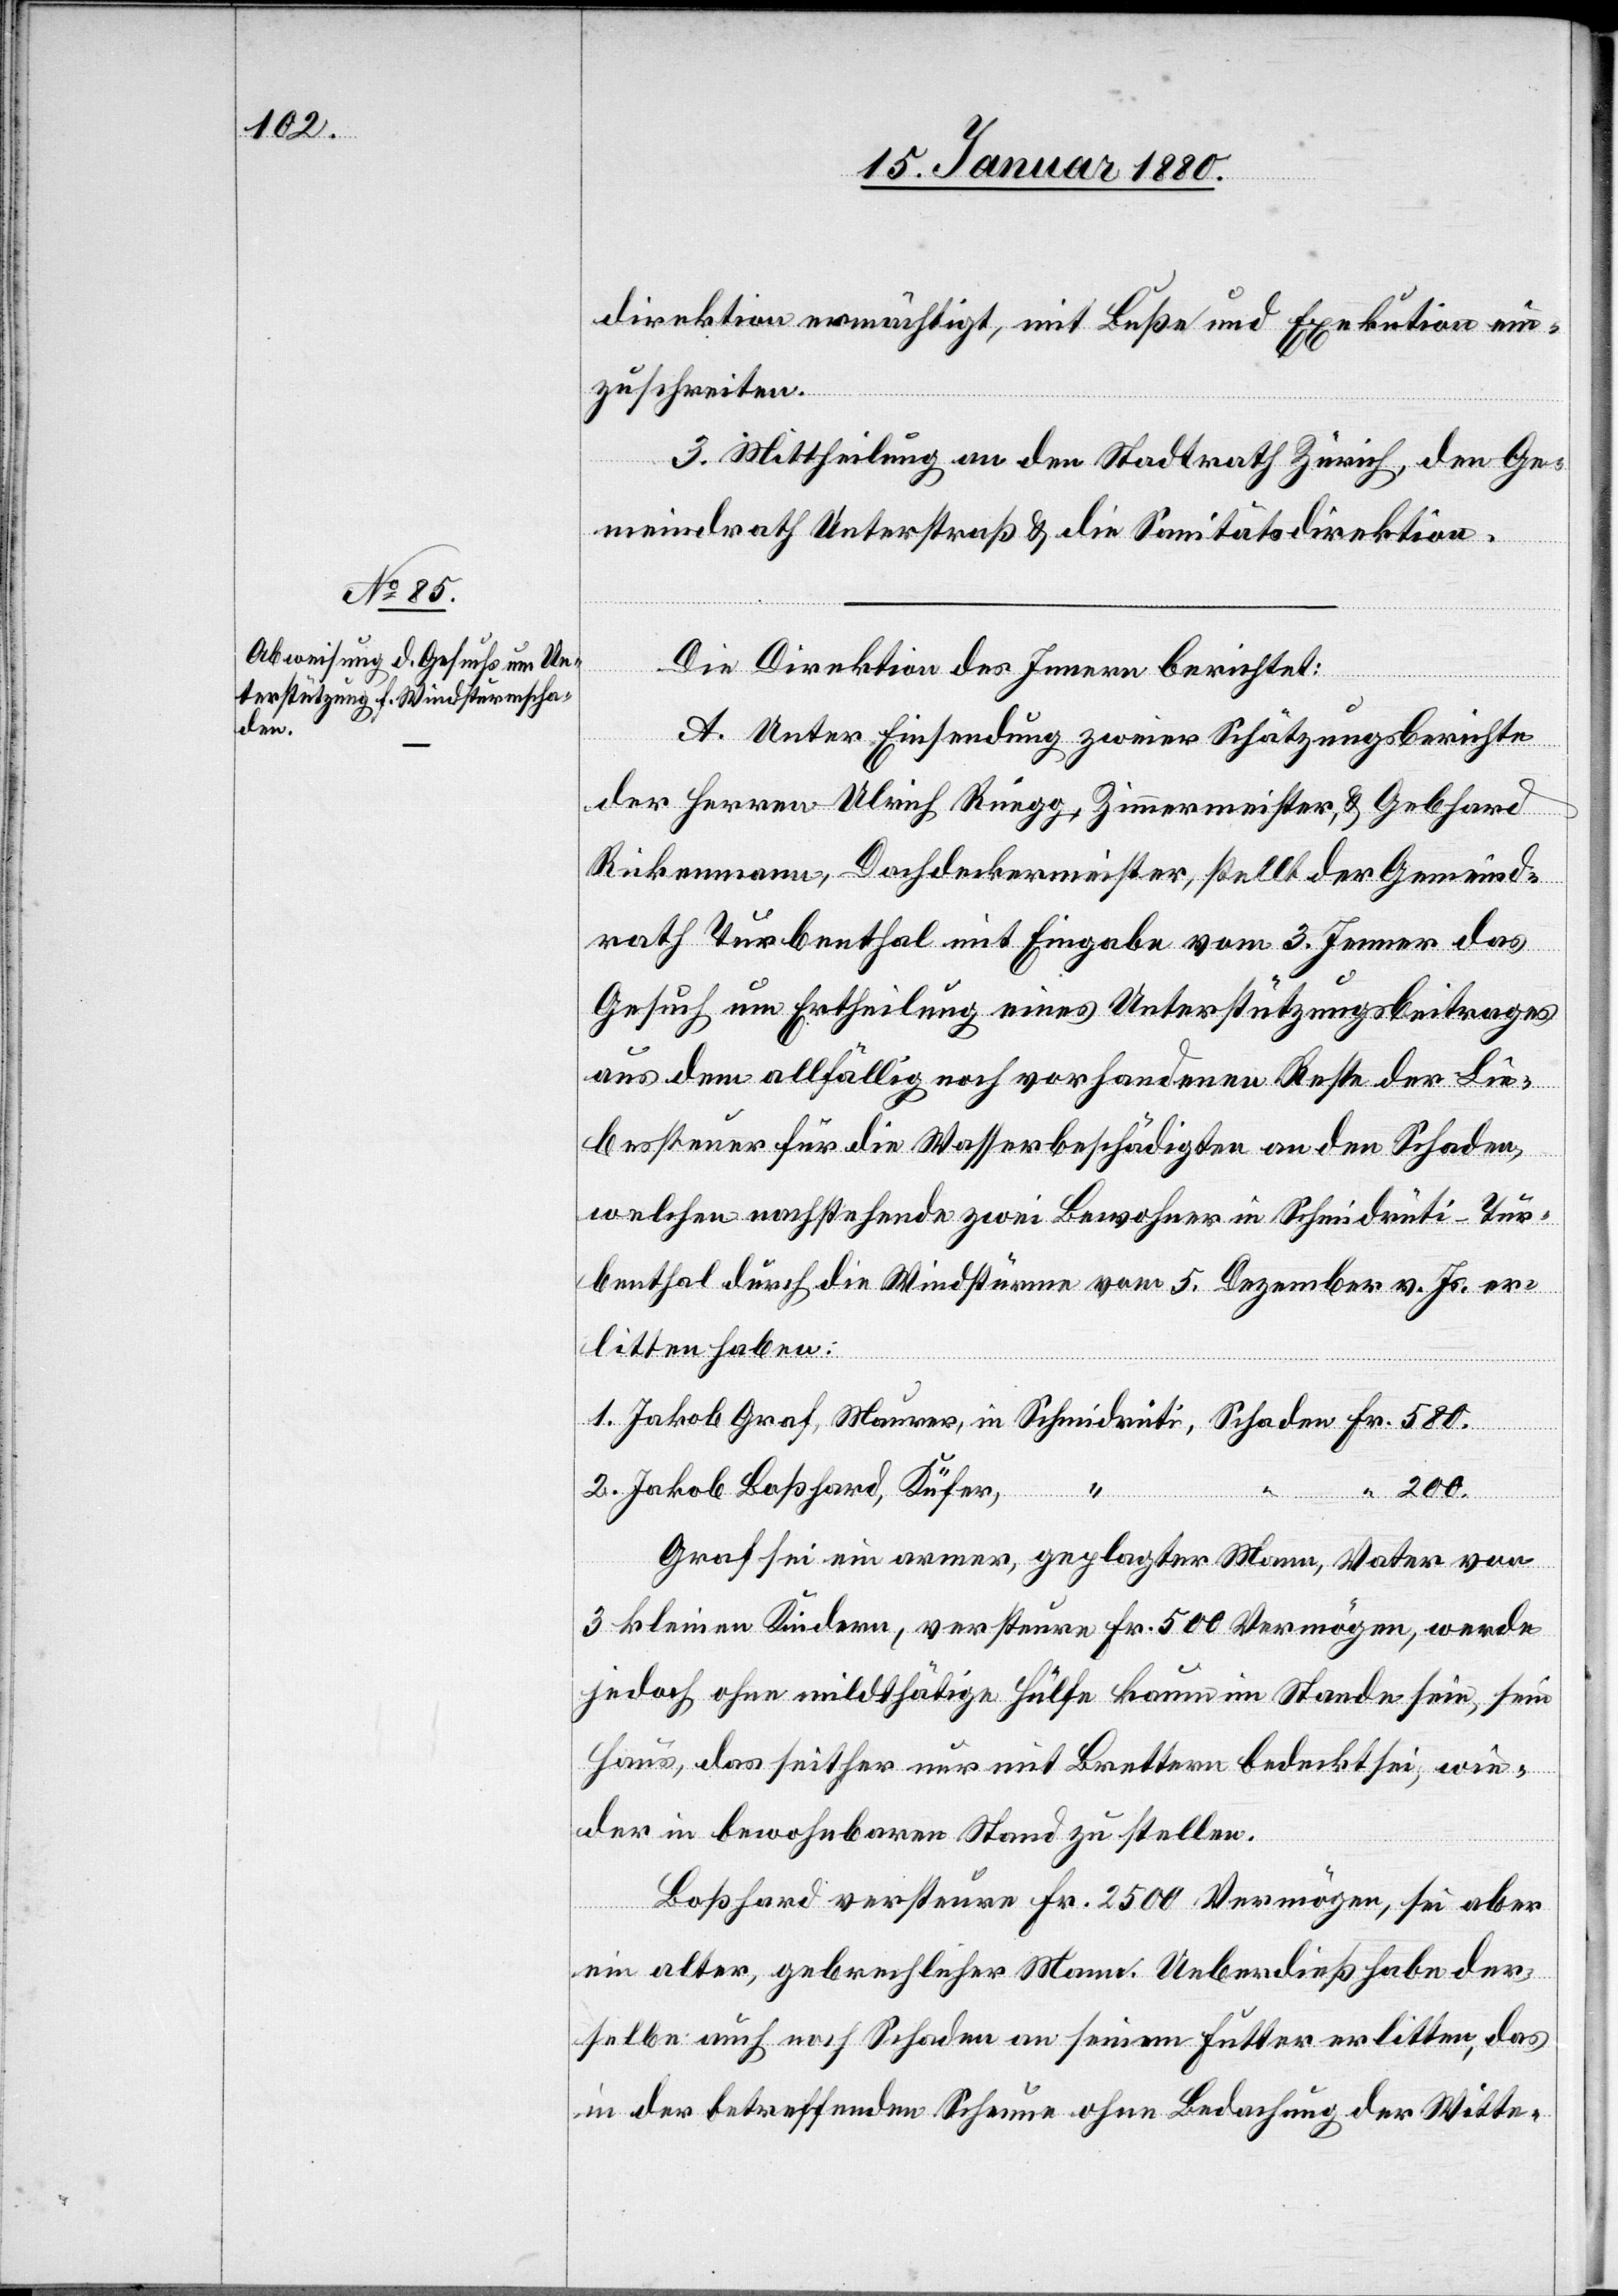
direktion ermächtigt, mit Buße und Exekution ein¬
zuschreiten.
3. Mittheilung an den Stadtrath Zürich, den Ge¬
meindrath Unterstraß & die Sanitätsdirektion.
Die Direktion des Innern berichtet:
A. Unter Einsendung zweier Schätzungsberichte
der Herren Ulrich Rüegg, Zimmermeister, & Gebhard
Rickenmann, Dachdeckermeister, stellt der Gemeind¬
rath Turbenthal mit Eingabe vom 3. Jenner das
Gesuch um Ertheilung eines Unterstützungsbeitrages
aus dem allfällig noch vorhandenen Reste der Lie¬
bessteuer für die Wasserbeschädigten an den Schaden,
welchen nachstehende zwei Bewohner in Schmidrüti - Tur¬
benthal durch die Windstürme vom 5. Dezember v. Js. er¬
litten haben:
1.
2. Jakob Boßhard, Küfer,
Schaden
200.
Graf sei ein armer, geplagter Mann, Vater von
3 kleinen Kindern, versteure Fr. 500 Vermögen, werde
jedoch, ohne mildthätige Hülfe kaum im Stande sein, sein
Haus, das seither nur mit Brettern bedeckt sei, wie¬
der in bewohnbaren Stand zu stellen.
Boßhard versteure Fr. 2500 Vermögen, sei aber
ein alter, gebrechlicher Mann. Ueberdieß habe der¬
selbe auch noch Schaden an seinem Futter erlitten, das
in der betreffenden Scheune ohne Bedachung der Witte-

in